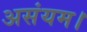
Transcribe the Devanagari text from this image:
असंयम।